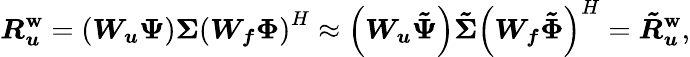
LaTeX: \boldsymbol{R_{u}^{\mathbf{w}}}=\left(\boldsymbol{W_{u}}\boldsymbol{\Psi}\right)\boldsymbol{\Sigma}\left(\boldsymbol{W_{f}}\boldsymbol{\Phi}\right)^{H}\approx\left(\boldsymbol{W_{u}}\boldsymbol{\tilde{{\Psi}}}\right)\boldsymbol{\tilde{{\Sigma}}}\left(\boldsymbol{W_{f}}\boldsymbol{\tilde{{\Phi}}}\right)^{H}=\boldsymbol{\tilde{{R}}_{u}^{\mathbf{w}}},